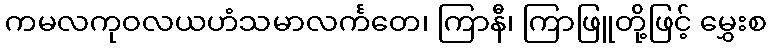
ကမလကုဝလယဟံသမာလင်္ကတေ၊ ကြာနီ၊ ကြာဖြူတို့ဖြင့် မွှေးစ